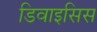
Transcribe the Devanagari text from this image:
डिवाइसिस